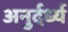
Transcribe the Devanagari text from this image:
अनुर्दर्ध्य